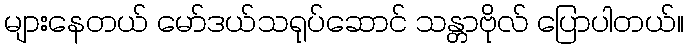
များနေတယ် မော်ဒယ်သရုပ်ဆောင် သန္တာဗိုလ် ပြောပါတယ်။